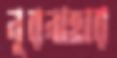
নূরনাহার